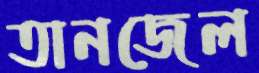
তানজেল